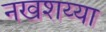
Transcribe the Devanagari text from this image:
नखशय्या